Report of the Indian Hemp Drugs Commission, 1894-1895 - Volume IV
Year: 1894
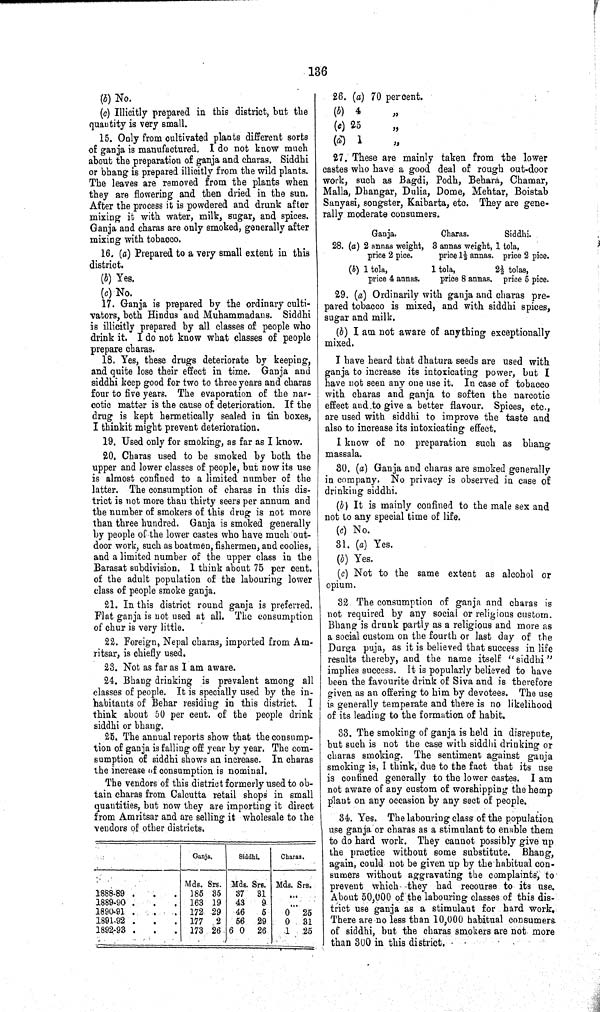
136
(b) No.
(c) Illicitly prepared in this district, but the
quantity is very small.
15. Only from cultivated plants different sorts
of ganja is manufactured. I do not know much
about the preparation of ganja and charas. Siddhi
or bhang is prepared illicitly from the wild plants.
The leaves are removed from the plants when
they are flowering and then dried in the sun.
After the process it is powdered and drunk after
mixing it with water, milk, sugar, and spices.
Ganja and charas are only smoked, generally after
mixing with tobacco.
16. (a) Prepared to a very small extent in this
district.
(b) Yes.
(c) No.
17. Ganja is prepared by the ordinary culti¬
vators, both Hindus and Muhammadans. Siddhi
is illicitly prepared by all classes of people who
drink it. I do not know what classes of people
prepare charas.
18. Yes, these drugs deteriorate by keeping,
and quite lose their effect in time. Ganja and
siddhi keep good for two to three years and charas
four to five years. The evaporation of the nar¬
cotic matter is the cause of deterioration. If the
drug is kept hermetically sealed in tin boxes,
I thinkit might prevent deterioration.
19. Used only for smoking, as far as I know.
20. Charas used to be smoked by both the
upper and lower classes of people, but now its use
is almost confined to a limited number of the
latter. The consumption of charas in this dis¬
trict is not more than thirty seers per annum and
the number of smokers of this drug is not more
than three hundred. Ganja is smoked generally
by people of the lower castes who have much out¬
door work, such as boatmen, fishermen, and coolies,
and a limited number of the upper class in the
Barasat subdivision. 1 think about 75 per cent.
of the adult population of the labouring lower
class of people smoke ganja.
21. In this district round ganja is preferred.
Flat ganja is not used at all. The consumption
of chur is very little.
22. Foreign, Nepal charas, imported from Am-
ritsar, is chiefly used.
23. Not as far as I am aware.
24. Bhang drinking is prevalent among all
classes of people. It is specially used by the in¬
habitants of Behar residing in this district. I
think about 50 per cent. of the people drink
siddhi or bhang.
25. The annual reports show that the consump¬
tion of ganja is falling off year by year. The com-
sumption of siddhi shows an increase. In charas
the increase of consumption is nominal.
The vendors of this district formerly used to ob¬
tain charas from Calcutta retail shops in small
quantities, but now they are importing it direct
from Amritsar and are selling it wholesale to the
vendors of other districts.
Ganj
a.
Sidd
hi.
hi.
Char
as.
as.
Mds. Srs. Mds. Srs. Mds. Srs.
1888-89
185 35 37
31
1889-90
163 19 43
9
1890-91
172 29 46
5
0 25
1891-92
177 2
56 29
0 31
1892-93
173 26 6
26
1 25
26. (a) 70 per cent.
(b) 4 "
(c) 25 "
(d) 1 "
27. These are mainly taken from the lower
castes who have a good deal of rough out-door
work, such as Bagdi, Podh, Behara, Chamar,
Malla, Dhangar, Dulia, Dome, Mehtar, Boistab
Sanyasi, songster, Kaibarta, etc. They are gene¬
rally moderate consumers.
Ganja.
Charas.
Siddhi.
28. (a) 2 annas weight, 3 annas weight, 1 tola.
price 2 pice.
price 11/2 annas. price 2 pice.
(b) 1 tola, 1 tola,
21/2
tolas,
price 4 annas.
price 8 annas. price 5 pice.
29. (a) Ordinarily with ganja and charas pre¬
pared tobacco is mixed, and with siddhi spices,
sugar and milk.
(b) I am not aware of anything exceptionally
mixed.
I have heard that dhatura seeds are used with
ganja to increase its intoxicating power, but I
have not seen any one use it. In case of tobacco
with charas and ganja to soften the narcotic
effect and to give a better flavour. Spices, etc.,
are used with siddhi to improve the taste and
also to increase its intoxicating effect.
I know of no preparation such as bhang
massala.
30. (a) Ganja and charas are smoked generally
in company. No privacy is observed in case of
drinking siddhi.
(b) It is mainly confined to the male sex and
not to any special time of life.
(c) No.
31. (a) Yes.
(b) Yes.
(c) Not to the same extent as alcohol or
opium.
32. The consumption of ganja and charas is
not required by any social or religious custom.
Bhang is drunk partly as a religious and more as
a social custom on the fourth or last day of the
Durga puja, as it is believed that success in life
results thereby, and the name itself "siddhi"
implies success. It is popularly believed to have
been the favourite drink of Siva and is therefore
given as an offering to him by devotees. The use
is generally temperate and there is no likelihood
of its leading to the formation of habit.
33. The smoking of ganja is held in disrepute,
but such is not the case with siddhi drinking or
charas smoking. The sentiment against ganja
smoking is, I think, due to the fact that its use
is confined generally to the lower castes. I am
not aware of any custom of worshipping the hemp
plant on any occasion by any sect of people.
34. Yes. The labouring class of the population
use ganja or charas as a stimulant to enable them
to do hard work. They cannot possibly give up
the practice without some substitute. Bhang,
again, could not be given up by the habitual con¬
sumers without aggravating the complaints, to
prevent which they had recourse to its use.
About 50,000 of the labouring classes of this dis¬
trict use ganja as a stimulant for hard work.
There are no less than 10,000 habitual consumers
of siddhi, but the charas smokers are not more
than 300 in this district.